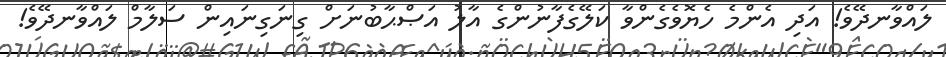
ލައްވާނދޭވެ! އަދި އެންމެ ހެޔޮވެގެންވާ ކަލޭގެފާނުންގެ އާލު އަޞްޙާބުނަށް ގިނަގިނައިން ސަލާމް ލައްވާނދޭވެ!